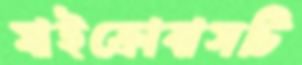
মাইক্রোবাসটি